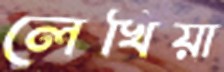
লেখিয়া